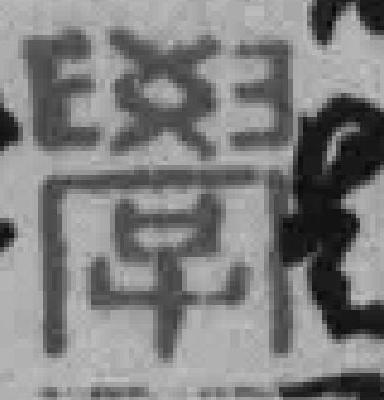
學